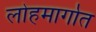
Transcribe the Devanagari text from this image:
लोहमार्गात